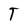
Character: T